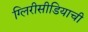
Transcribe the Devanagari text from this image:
ग्लिरीसीडियाची